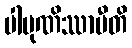
ပါပုဏိဿာမီတိ